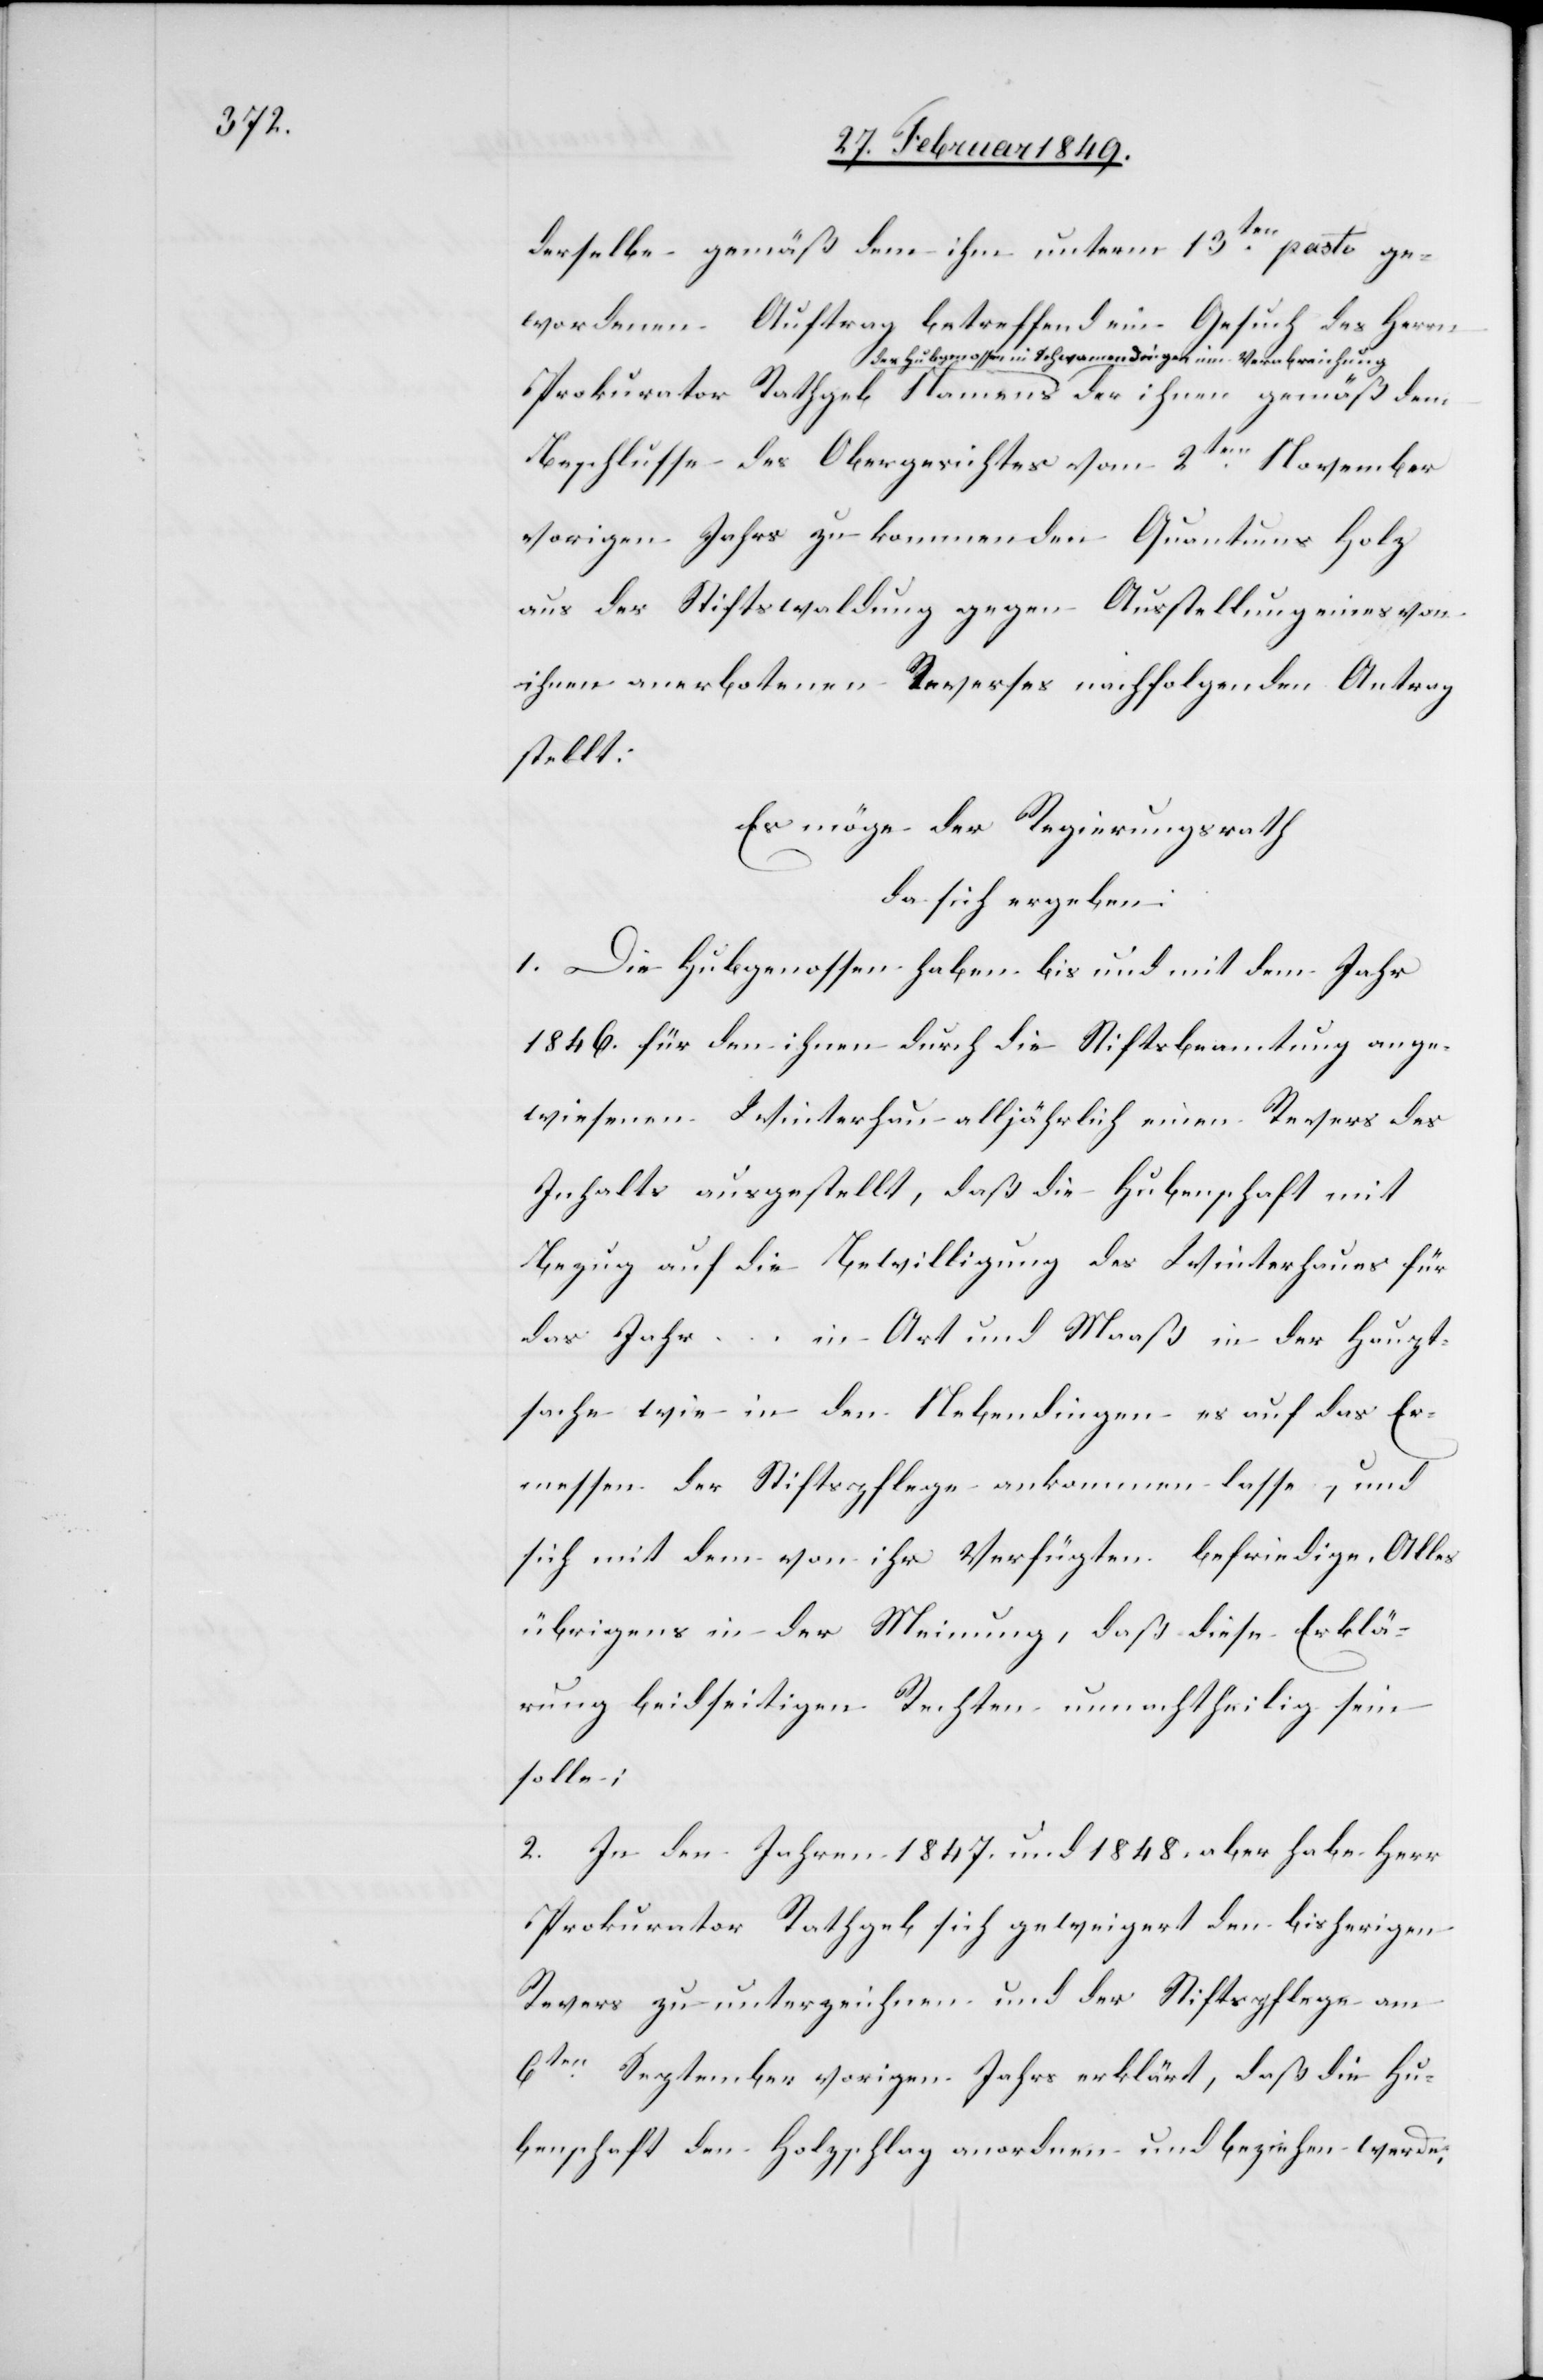
derselbe gemäß dem ihm unterm 13ten. pasto ge¬
Auftrag betreffend ein Gesuch des Herrn
wordenen
Prokurator Rathgeb Namens der Hubgenossen
Beschlusse des Obergerichtes vom 2ten. November
vorigen Jahrs zukommenden Quantums Holz
aus der Stiftswaldung gegen Ausstellung eines von
ihnen anerbotenen Reverses nachfolgenden Antrag
stellt:
Es möge der Regierungsrath
da sich ergeben:
1. Die Hubgenossen haben bis und mit dem Jahr
1846. für den ihnen durch die Stiftsbeamtung ange¬
wiesenen Winterhau alljährlich einen Revers des
Inhalts ausgestellt, daß die Hubenschaft mit
Bezug auf die Bewilligung des Winterhaues für
das Jahr … in Art und Maaß in der Haupt¬
sache wie in den Nebendingen es auf das Er¬
messen der Stiftspflege ankommen lasse, und
sich mit dem von ihr Verfügten befriedige. Alles
übrigens in der Meinung, daß diese Erklä¬
rung beidseitigen Rechten unnachtheilig sein
solle;
2. In den Jahren 1847. und 1848. aber habe Herr
Prokurator Rathgeb sich geweigert den bisherigen
Revers zu unterzeichnen und der Stiftspflege am
6ten. September vorigen Jahrs erklärt, daß die Hu¬
benschaft den Holzschlag anordnen und beziehen werde,